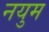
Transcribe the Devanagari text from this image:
नयुम